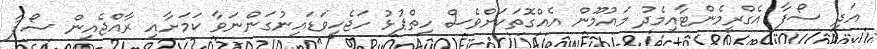
އަދި ސޯފާ އެގްރީމެންޓާއިމެދު މައުމޫން އެއްގޮތަކަށްވެސް ހިތްޕުޅު ހަޖެހިވަޑައިނުގަންނަވާ ކަމަށާއި ރާއްޖެއިން ސޯފާ